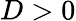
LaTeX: D>0